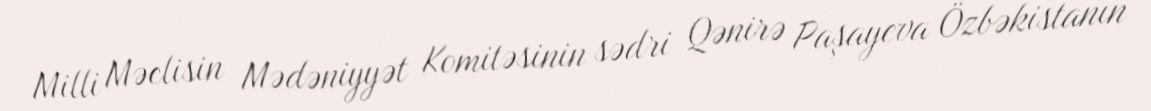
Milli Məclisin Mədəniyyət Komitəsinin sədri Qənirə Paşayeva Özbəkistanın